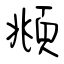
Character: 頫